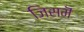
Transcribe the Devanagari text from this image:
जिसमॆं